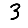
Digit: 3